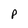
Character: P